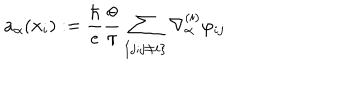
a _ { \alpha } ( { \bf x } _ { i } ) : = { \frac { \hbar } { e } } { \frac { \theta } { \pi } } \sum _ { \{ j ; j \ne i \} } \nabla _ { \alpha } ^ { ( i ) } \varphi _ { i j }